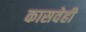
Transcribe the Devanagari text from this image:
कासवेही